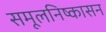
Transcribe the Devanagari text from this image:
समूलनिष्कासन